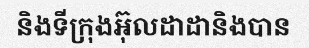
និងទីក្រុងអ៊ុលដាដានិងបាន